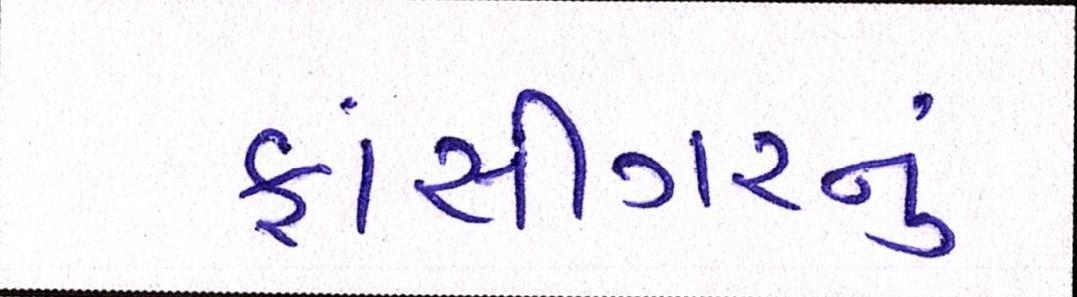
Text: ફાંસીગરનું